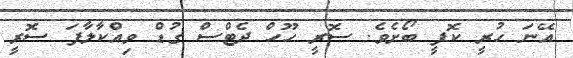
އޭނަ ހުރީ ކޮފީ ބޯށެވެ. ސޮރީ ހޫހް ދެޓްސް ގުޑް ވިއްކާލާފަ ސޮރީ